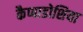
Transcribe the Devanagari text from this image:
कैप्पाडोशिया